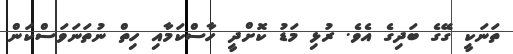
ތަނަކީ ގޭގެ ބަދިގެ އެވެ. ރުޅި މަޑު ކޮށްދީ ހާސްކަމާއި ހިތް ނުތަނަވަސްކަން